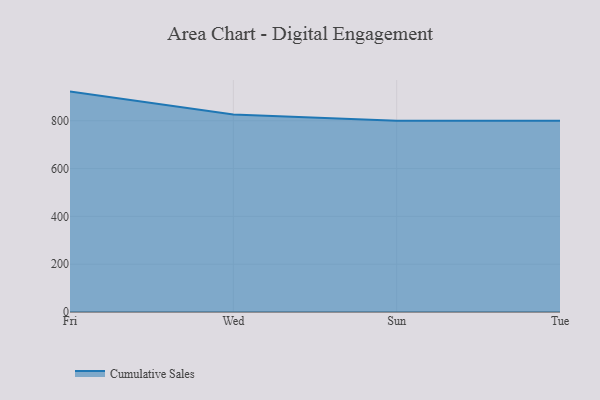
{"axis": {"x": "Day", "y": "Budget (USD K)"}, "legend": ["Cumulative Sales"], "data": [{"x": "Fri", "y": 921.9, "type": "Cumulative Sales"}, {"x": "Wed", "y": 825.8, "type": "Cumulative Sales"}, {"x": "Sun", "y": 800, "type": "Cumulative Sales"}, {"x": "Tue", "y": 800, "type": "Cumulative Sales"}]}